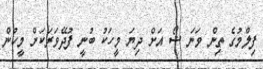
ފިލްމުގެ ތިން ވަނަ ޝޯ އަށް ދިޔަ މީހަކު ބުނީ ފުދޭވަރަކަށް މީހުން